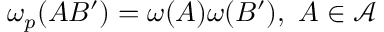
\omega _ { p } ( A B ^ { \prime } ) = \omega ( A ) \omega ( B ^ { \prime } ) , \, \, A \in \mathcal { A }